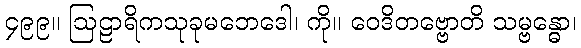
၄၉၉။ ဩဠာရိကသုခုမဘေဒေါ၊ ကို။ ဝေဒိတဗ္ဗောတိ သမ္ဗန္ဓော၊